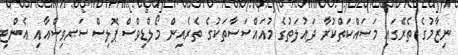
ނިޒާމުގެ ތެރޭގައި މަސައްކަތްކުރާ ދައުލަތުގެ މުއައްސަސާތަކުގެ ތެރެއިން މޯލްޑިވްސް ޕޮލިސް ސަރވިސްއާއި އެންޓި